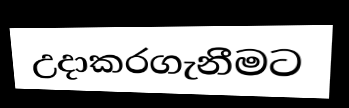
උදාකරගැනීමට